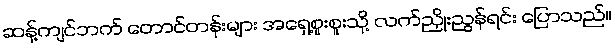
ဆန့်ကျင်ဘက် တောင်တန်းများ အရှေ့စူးစူးသို့ လက်ညှိုးညွန်ရင်း ပြောသည်။